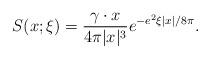
LaTeX: \begin{align*}S(x;\xi) = \frac{\gamma\cdot x }{4\pi |x|^3} e^{-e^2\xi\left|x\right| / 8\pi}.\end{align*}